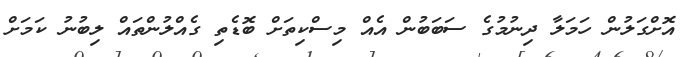
އޮށްގަލުން ހަމަލާ ދިނުމުގެ ސަބަބުން އެއް މިސްކިތަށް ބޮޑެތި ގެއްލުންތައް ލިބުނު ކަމަށް